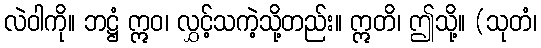
လဲဝါကို။ ဘဋ္ဌံ ဣဝ၊ လွှင့်သကဲ့သို့တည်း။ ဣတိ၊ ဤသို့။ (သုတံ၊